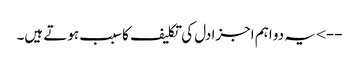
--> یہ دو اہم اجزادل کی تکلیف کاسبب ہوتے ہیں۔